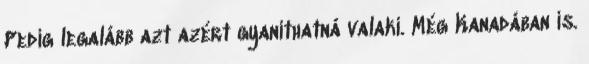
Pedig legalább azt azért gyaníthatná valaki. Még Kanadában is.